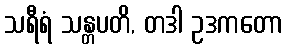
သရီရံ သန္တပတိ, တဒါ ဥဒကတော